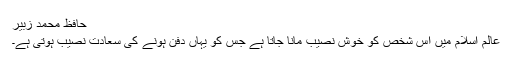
حافظ محمد زبیر
عالم اسلام میں اس شخص کو خوش نصیب مانا جاتا ہے جس کو یہاں دفن ہونے کی سعادت نصیب ہوتی ہے۔